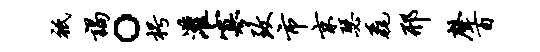
只谒。枵灌寡致市京瑟毳邢声百